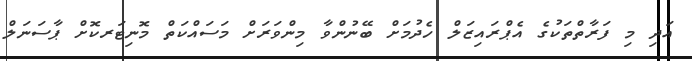
އަދި މި ފަރާތްތަކުގެ އެޕްރައިޒަލް ހެދުމަށް ބޭނުންވާ މިންވަރަށް މަސައްކަތް މޮނިޓަރކޮށް ޕާސަނަލް